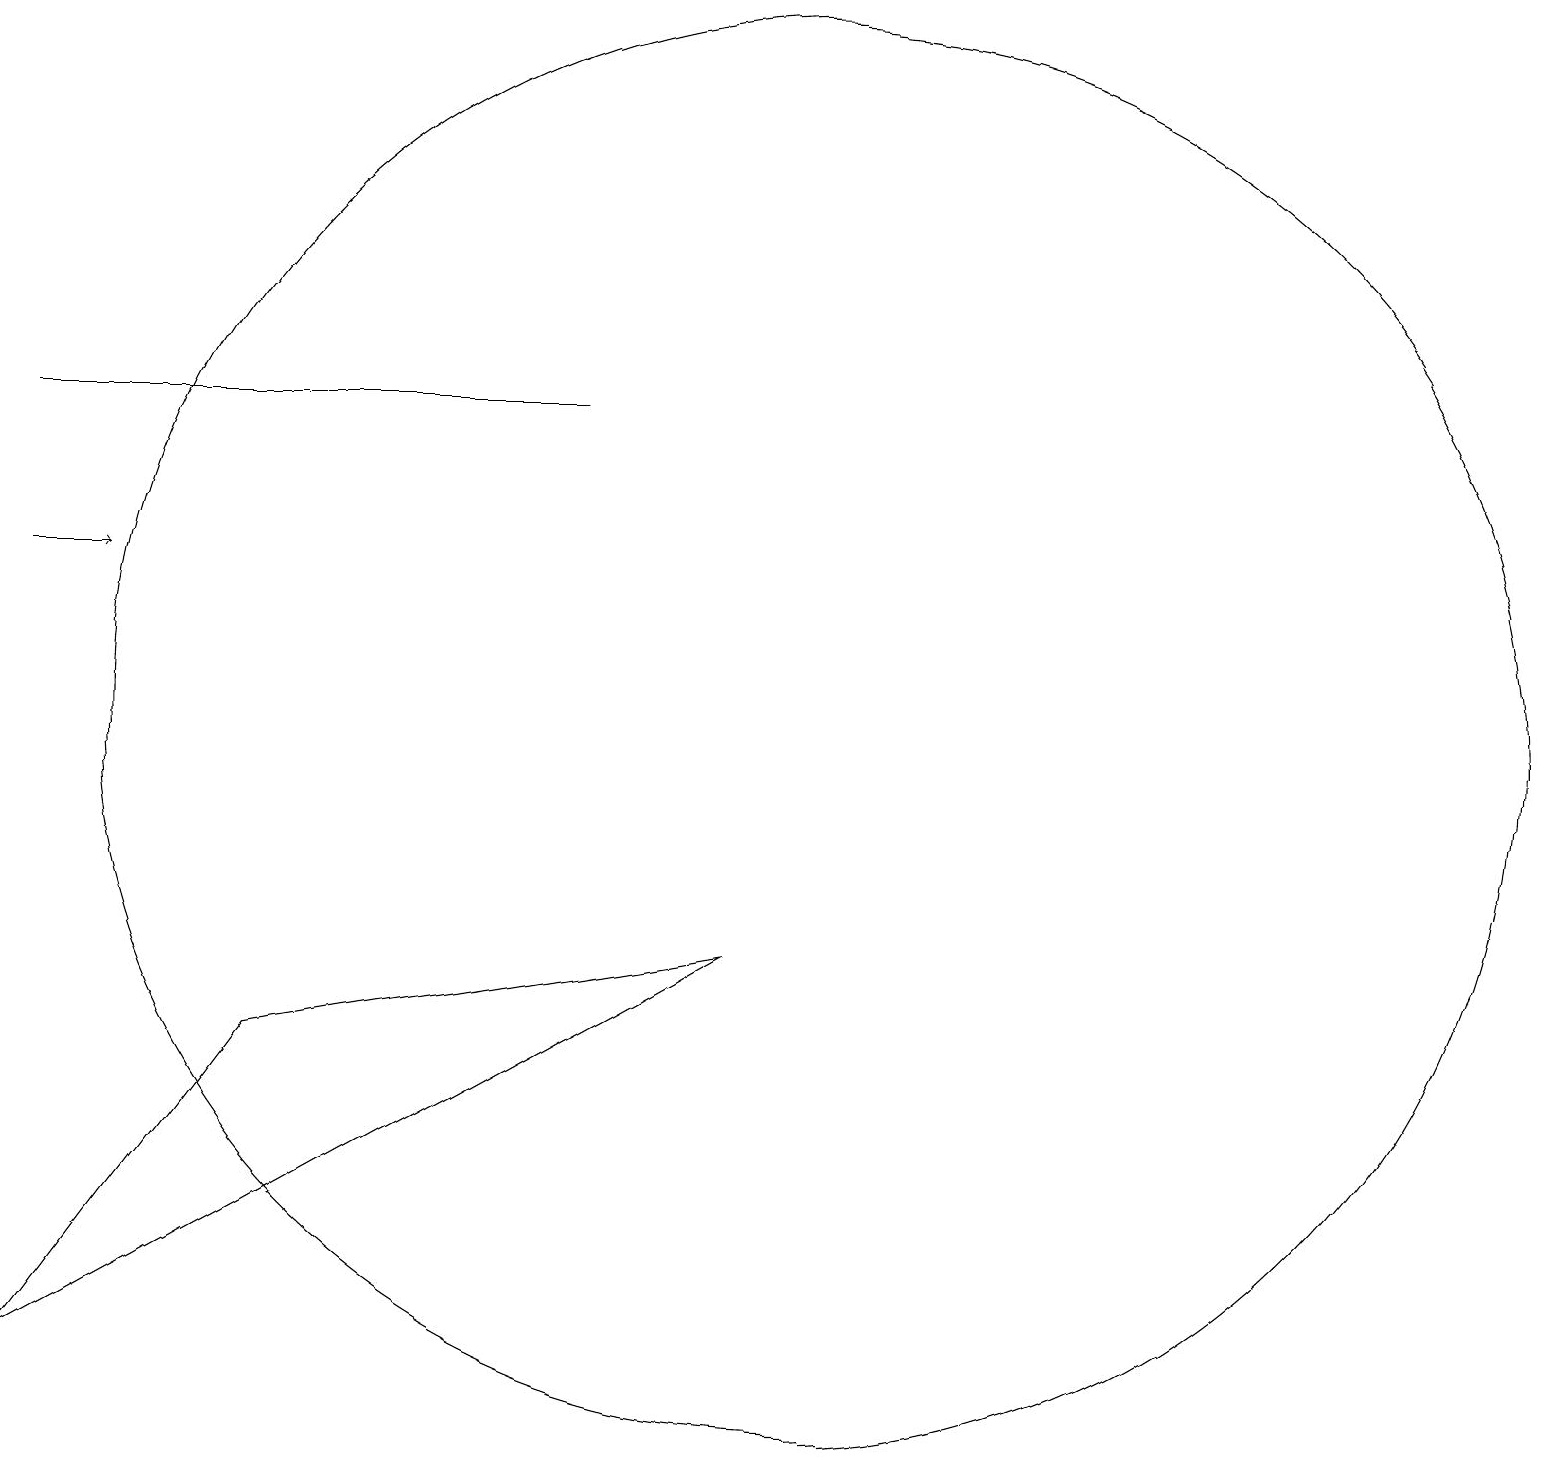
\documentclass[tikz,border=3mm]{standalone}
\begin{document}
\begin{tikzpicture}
\draw[->] (0,13) -- (1,13);
\draw (0,15) rectangle (7,15);
\draw (10,11) circle (9);
\draw (3,7) -- (0,3) -- (9,8) -- cycle;
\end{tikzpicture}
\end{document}